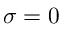
\sigma = 0